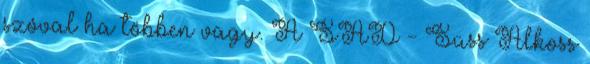
szóval ha többen vagy. A SAD - Süss Alkoss